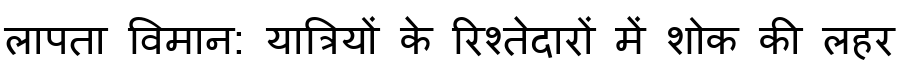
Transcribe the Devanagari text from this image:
लापता विमान: यात्रियों के रिश्तेदारों में शोक की लहर